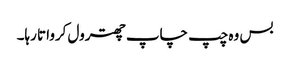
بس وہ چپ چاپ چھترول کرواتا رہا۔